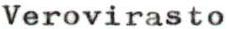
Verovirasto